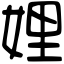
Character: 娌